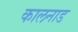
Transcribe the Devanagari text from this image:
कालनाड